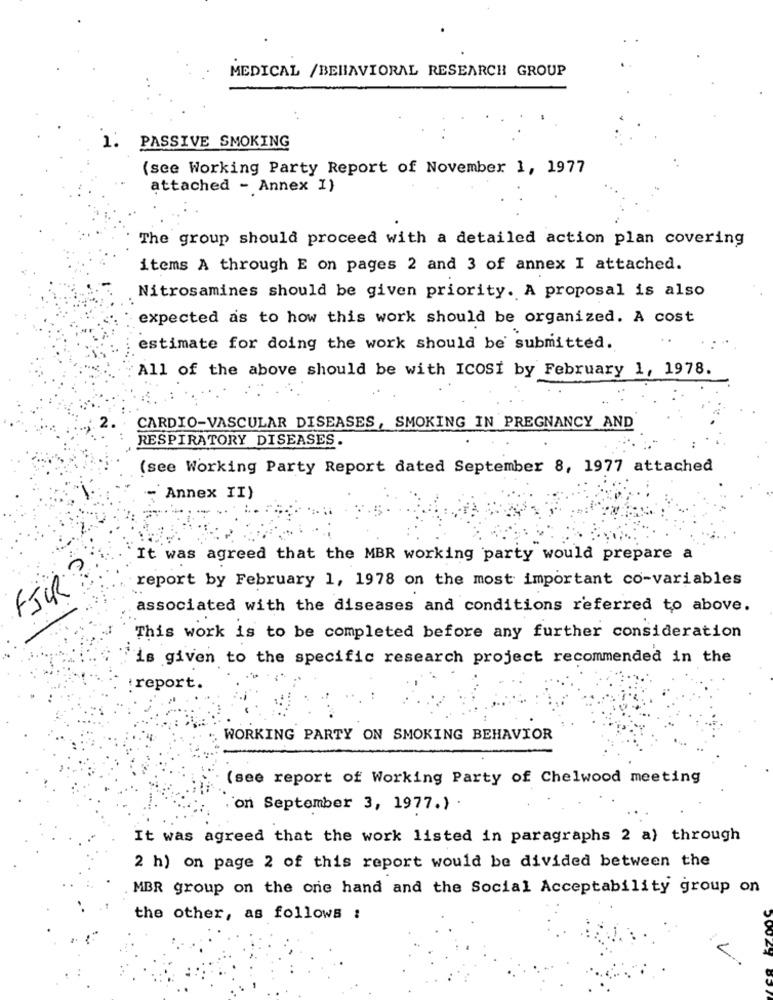
MEDICAL /BEHAVIORAL RESEARCH GROUP
1.
PASSIVE SMOKING
(see Working Party Report of November 1, 1977
attached - Annex I)
The group should proceed with a detailed action plan covering
items A through E on pages 2 and 3 of annex I attached.
Nitrosamines should be given priority. A proposal is also
expected as to how this work should be organized. A cost
estimate for doing the work should be submitted.
All of the above should be with ICOSI by February 1, 1978.
CARDIO-VASCULAR DISEASES, SMOKING IN PREGNANCY AND
RESPIRATORY DISEASES.
(see Working Party Report dated September 8, 1977 attached
- Annex II)
It was agreed that the MBR working party would prepare a
report by February 1, 1978 on the most important co-variables
FJOR
associated with the diseases and conditions referred to above.
This work is to be completed before any further consideration
is given to the specific research project recommended in the
: report.
WORKING PARTY ON SMOKING BEHAVIOR
(see report of Working Party of Chelwood meeting
on September 3, 1977.) .
It was agreed that the work listed in paragraphs 2 a) through
2 h) on page 2 of this report would be divided between the
MBR group on the one hand and the Social Acceptability group on
the other, as follows :
:C.